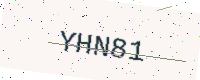
Text: YHN81